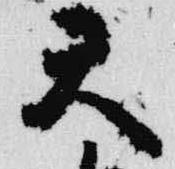
天